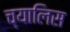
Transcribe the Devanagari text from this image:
च्यालिस